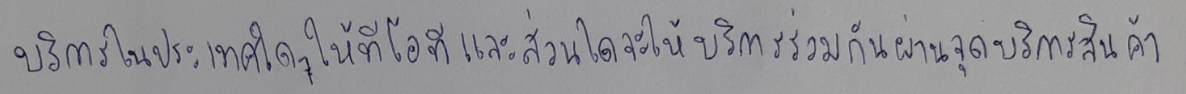
บริการในประเทศใดๆให้ทีโอทีและส่วนใดจะให้บริการร่วมกันผ่านจุดบริการสินค้า